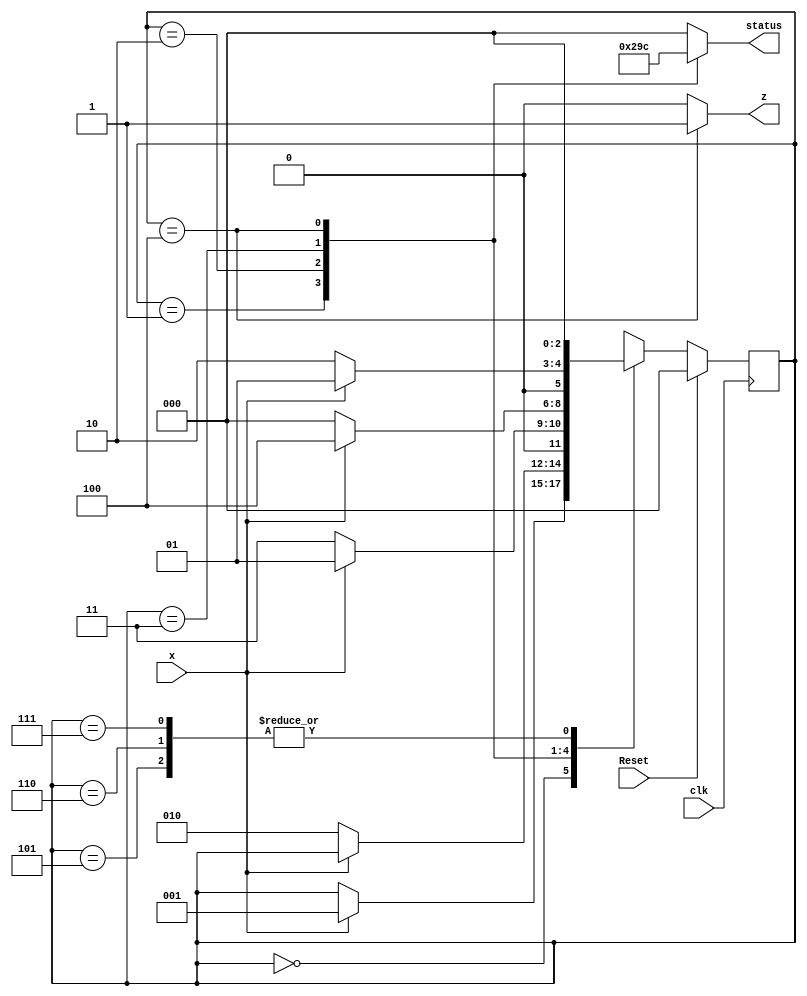
module E10_FSM1(input Reset, input clk, input x, output reg z, output reg [2:0] status);

localparam 	Estado_inicial = 3'b000,
				Estado_1 = 3'b001,
				Estado_2 = 3'b010,
				Estado_3 = 3'b011,
				Estado_4 = 3'b100,
				Estado_bas5 = 3'b101,
				Estado_bas6 = 3'b110,
				Estado_bas7 = 3'b111;

				
reg [2:0] EstadoActual;
reg [2:0] EstadoSiguiente;

// Bloque de Transicion

always @(posedge clk)
begin
if (Reset==1'b1) 
	EstadoActual=Estado_inicial;
else
	EstadoActual = EstadoSiguiente;
end

//Bloque de estado siguiente
always @(*)
begin
	EstadoSiguiente = EstadoActual;
	
	case (EstadoActual) 
		Estado_inicial: 	begin
									if (x==1'b1)
										EstadoSiguiente=Estado_1;
								end
								
		Estado_1:			begin
									if (x==1'b0)
										EstadoSiguiente=Estado_2;
								end
								
		Estado_2:			begin
									if (x==1'b0)
										EstadoSiguiente=Estado_3;
									else
										EstadoSiguiente=Estado_1;
								end
								
		Estado_3: 			begin
									if (x==1'b0)
										EstadoSiguiente=Estado_inicial;
									else
										EstadoSiguiente=Estado_4;
								end
								
		Estado_4: 			begin
									if (x==1'b0)
										EstadoSiguiente=Estado_2;
									else 
										EstadoSiguiente=Estado_1;
								end
								
		Estado_bas5: 		begin
									EstadoSiguiente=Estado_inicial;
								end
								
		Estado_bas6: 		begin
									EstadoSiguiente=Estado_inicial;
								end
								
		Estado_bas7: 		begin
									EstadoSiguiente=Estado_inicial;
								end


	endcase
	
end

//Bloque de Salida
always @(*)
begin
	z=1'b0;
	status=3'b000;
	case (EstadoActual) 
		Estado_inicial: 	begin
									z=1'b0;
									status=Estado_inicial;
								end
		Estado_1:			begin
									z=1'b0;
									status=Estado_1;
								end
		Estado_2:			begin
									z=1'b0;
									status=Estado_2;
								end
		Estado_3: 			begin
									z=1'b0;
									status=Estado_3;
								end
		Estado_4: 			begin
									z=1'b1;
									status=Estado_4;
								end
	endcase
	
end

initial
begin
	z=1'b0;
	EstadoActual=3'b000;
	EstadoSiguiente=3'b000;
end

endmodule